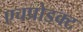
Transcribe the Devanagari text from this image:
एचप्रोडक्ट